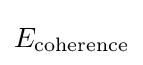
E_{\rm {coherence}}